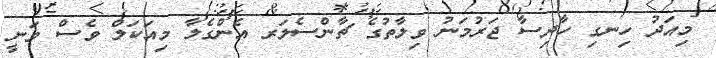
މިއަދު ހިނގި ހާދިސާ ޖަރުމަނު ވިލާތުގެ ޗާންސެލަރ އެންގެލާ މިއަކަލް ވެސް ވަނީ